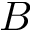
B